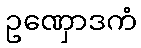
ဥဏှောဒကံ